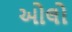
ઓલો